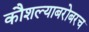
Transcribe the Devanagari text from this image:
कौशल्याबरोबरच